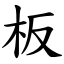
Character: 板